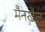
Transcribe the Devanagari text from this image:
मैनखैल